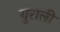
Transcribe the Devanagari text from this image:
युराली